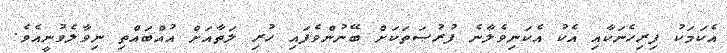
އެކަމަކު ފިރިހެނަކާއި އެކު އެކަނިވެލާނެ ފުރުޞަތަކަށް ބޭނުންވެފައި ހުރި ލަތާއަށް އުއްބައްތި ނިވާލެވުނީއެވެ.